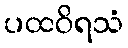
ပထဝိရသံ